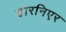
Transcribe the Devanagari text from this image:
डोरनिएर